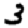
Digit: 3